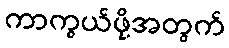
ကာကွယ်ဖို့အတွက်